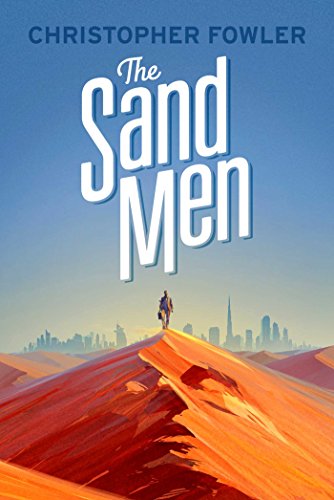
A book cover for The Sand Men; Christopher Fowler; Literature & Fiction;